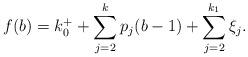
LaTeX: \begin{align*}\begin{aligned}f(b)&=k_{0}^{+}+\sum_{j=2}^{k}p_{j}(b-1)+\sum_{j=2}^{k_1}\xi_{j}.\end{aligned}\end{align*}